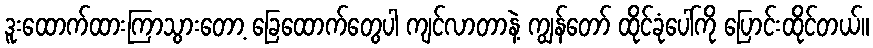
ဒူးထောက်ထားကြာသွားတော့ ခြေထောက်တွေပါ ကျင်လာတာနဲ့ ကျွန်တော် ထိုင်ခုံပေါ်ကို ပြောင်းထိုင်တယ်။